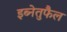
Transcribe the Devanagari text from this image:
इब्नेतुफैल